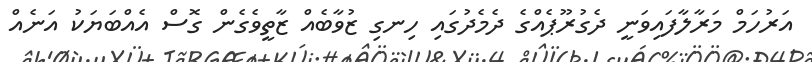
އަރުހަމް މަރާލާފައިވަނީ ދެގުރޫޕެއްގެ ދެމެދުގައި ހިނގި ޒުވާބެއް ޒާތީވެގެން ގޮސް އެއްބަޔަކު އަނެއް